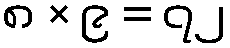
၈ × ၉ = ၇၂